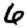
Digit: 6